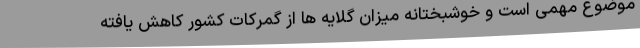
موضوع مهمی است و خوشبختانه میزان گلایه ها از گمرکات کشور کاهش یافته